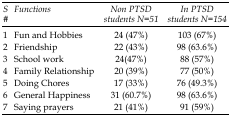
| S# | Functions | Non PTSD students N=51 | In PTSD students N=154 |
 | --- | --- | --- | --- |
 | 1 | Fun and Hobbies | 24 (47%) | 103 (67%) |
 | 2 | Friendship | 22 (43%) | 98 (63.6%) |
 | 3 | School work | 24(47%) | 88 (57%) |
 | 4 | Family Relationship | 20 (39%) | 77 (50%) |
 | 5 | Doing Chores | 17 (33%) | 76 (49.3%) |
 | 6 | General Happiness | 31 (60.7%) | 98 (63.6%) |
 | 7 | Saying prayers | 21 (41%) | 91 (59%) |